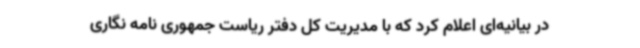
در بیانیه‌ای اعلام کرد که با مدیریت کل دفتر ریاست جمهوری نامه نگاری